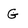
Character: G